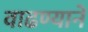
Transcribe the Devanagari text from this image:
वाढण्याने